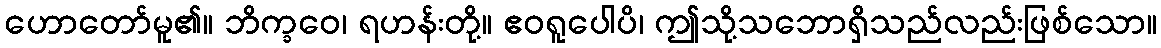
ဟောတော်မူ၏။ ဘိက္ခဝေ၊ ရဟန်းတို့။ ဧဝရူပေါပိ၊ ဤသို့သဘောရှိသည်လည်းဖြစ်သော။